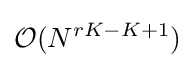
{\mathcal {O}}(N^{rK-K+1})